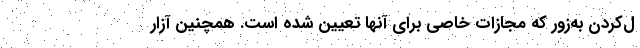
ل‌کردن به‌زور که مجازات خاصی برای آنها تعیین شده است. همچنین آزار